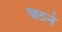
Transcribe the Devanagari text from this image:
घठने